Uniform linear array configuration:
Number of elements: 24
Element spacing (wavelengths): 1
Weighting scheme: hann
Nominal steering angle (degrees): -15
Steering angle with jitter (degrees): -15.05
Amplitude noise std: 0.05
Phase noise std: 0.05

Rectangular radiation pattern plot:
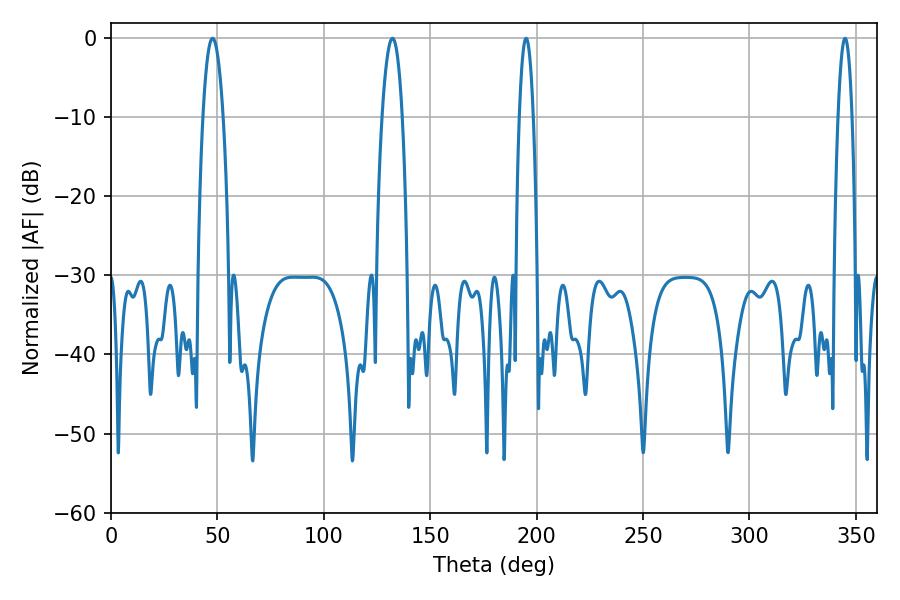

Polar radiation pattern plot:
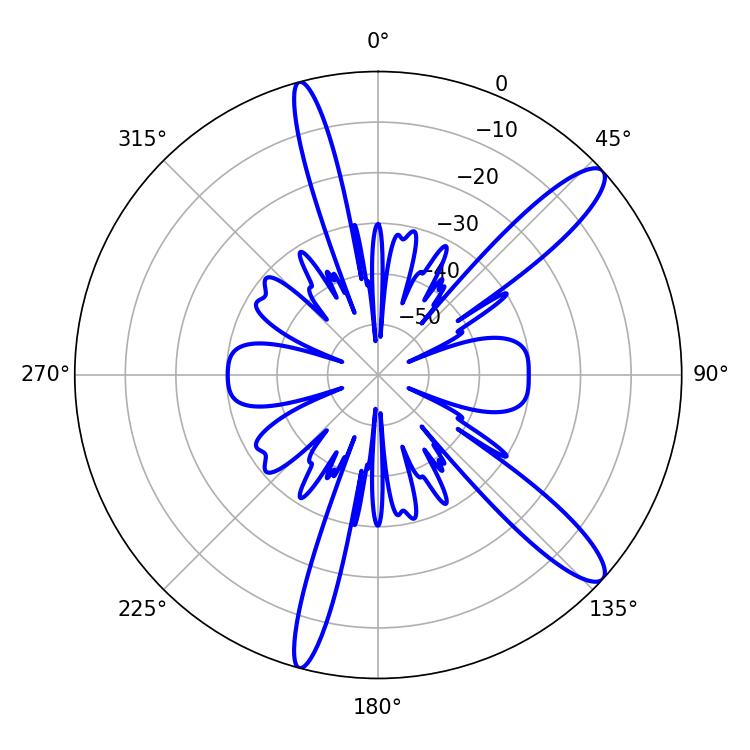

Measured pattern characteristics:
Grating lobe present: TRUE
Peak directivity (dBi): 12.572
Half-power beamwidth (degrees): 5.22
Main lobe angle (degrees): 47.7